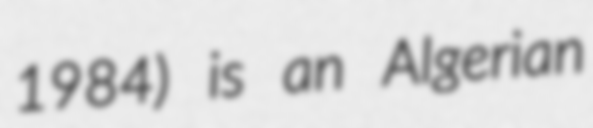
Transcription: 1984) is an Algerian